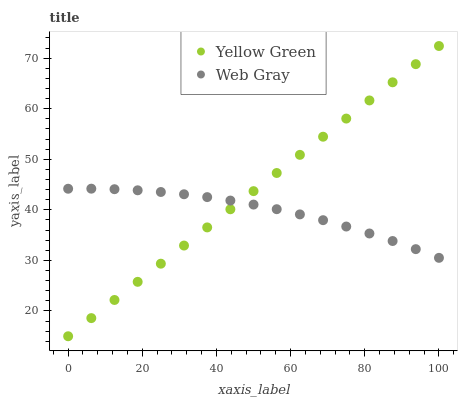
| xaxis_label | Yellow Green | Web Gray |
 | --- | --- | --- |
 | 0 | 15 | 44.2 |
 | 6.25 | 18.6 | 44.2 |
 | 12.5 | 22.2 | 44.1 |
 | 18.8 | 25.8 | 43.9 |
 | 25 | 29.3 | 43.5 |
 | 31.2 | 32.9 | 43.1 |
 | 37.5 | 36.5 | 42.5 |
 | 43.8 | 40.1 | 41.8 |
 | 50 | 43.7 | 41 |
 | 56.2 | 47.3 | 40.1 |
 | 62.5 | 50.9 | 39.1 |
 | 68.8 | 54.5 | 38 |
 | 75 | 58 | 36.7 |
 | 81.2 | 61.6 | 35.3 |
 | 87.5 | 65.2 | 33.8 |
 | 93.8 | 68.8 | 32.2 |
 | 100 | 72.4 | 30.5 |